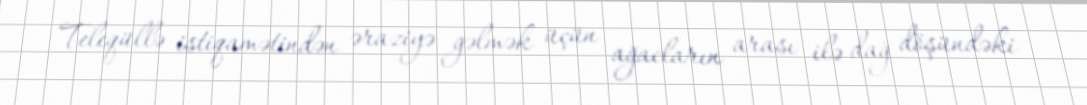
Teleqüllə istiqamətindən əraziyə gəlmək üçün ağacların arası ilə dağ döşündəki